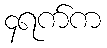
၄ရက်က